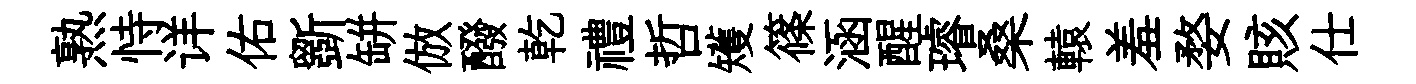
熟恃详佑斵缾倣醱乾禮哲矱篠涵醒璿桑轅羞婺賅仕